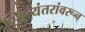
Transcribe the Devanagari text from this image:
स्थित्यंतरांवरून